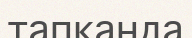
тапқанда